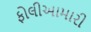
ફોલીઆમારી